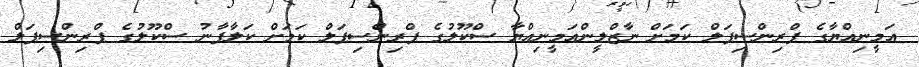
އަމީނިއްޔާގެ ޕްރިންސިޕަލް ކަމަށް ނާޒްލީންއަމީނިއްޔާ ސްކޫލުގެ ޕްރިންސިޕަލް ކަމަށް ކަލާފާނު ސްކޫލުގެ ޕްރިންސިޕަލް